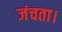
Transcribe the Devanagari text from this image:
जंचता।